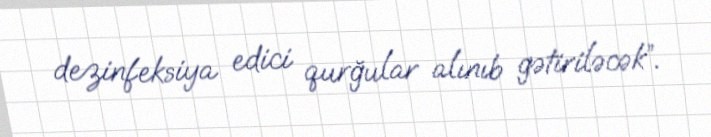
dezinfeksiya edici qurğular alınıb gətiriləcək”.